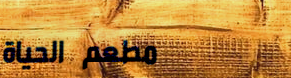
مطعم الحياة